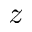
z